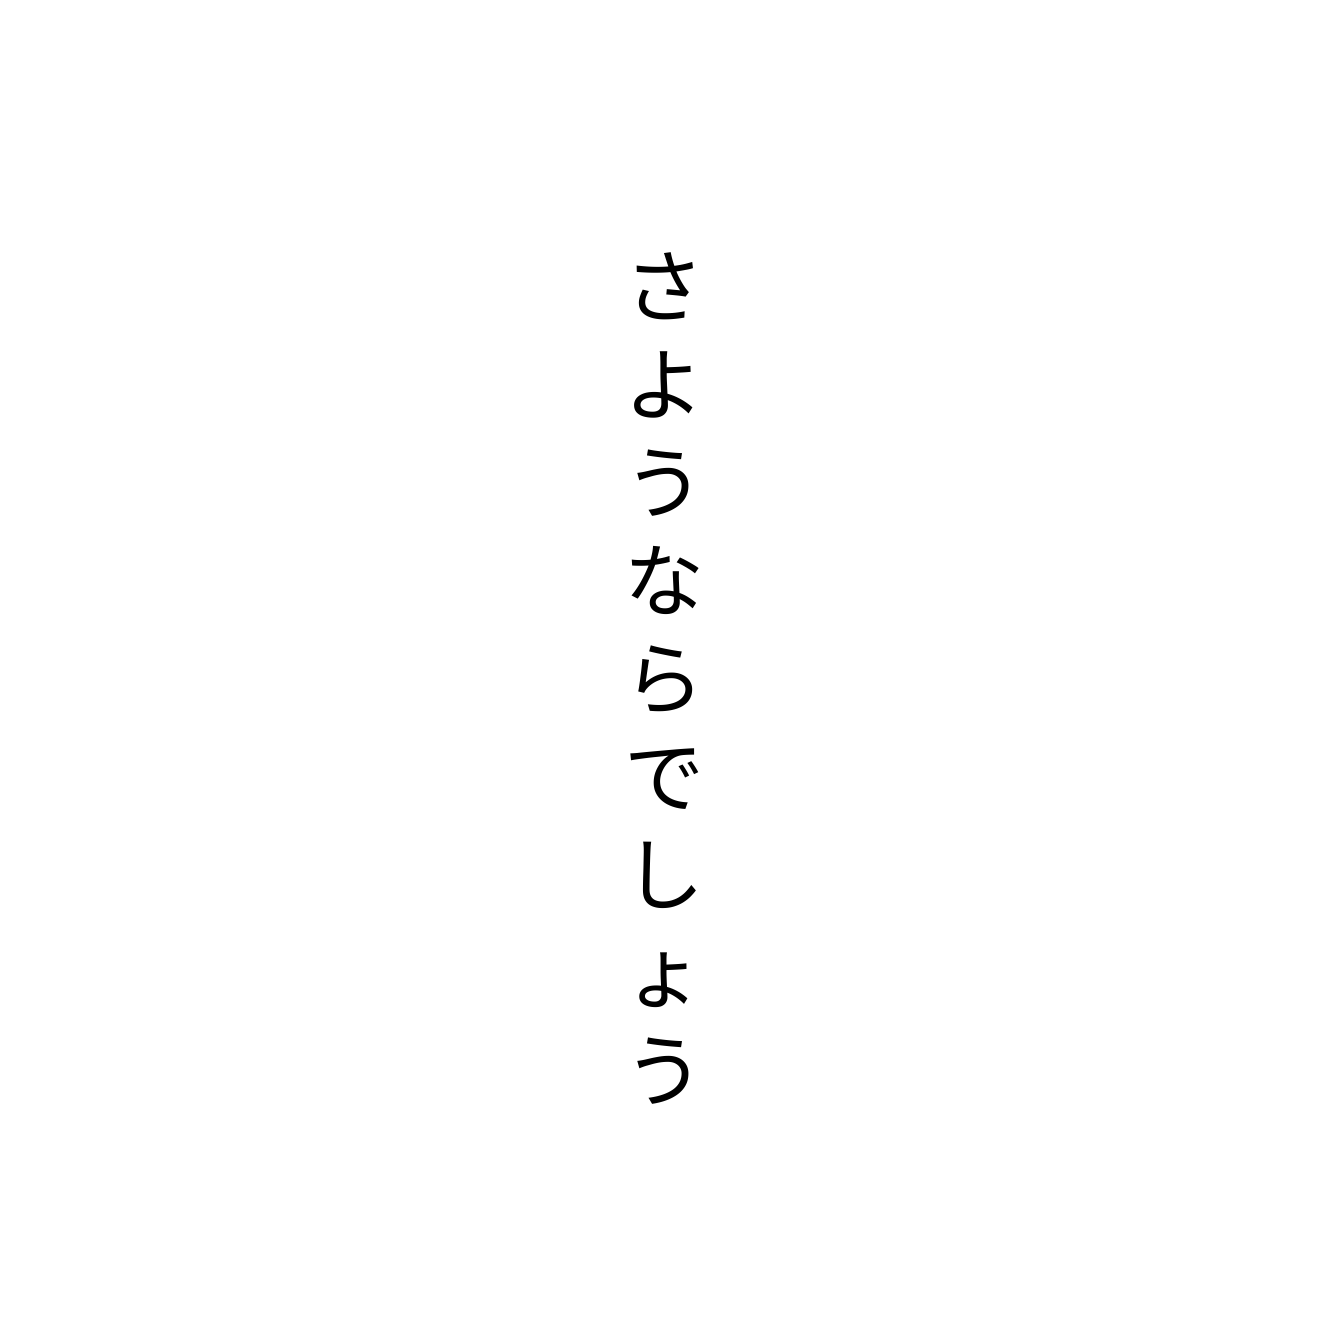
さようならでしょう